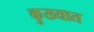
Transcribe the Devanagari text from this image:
कुख्‍यात